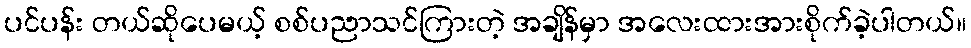
ပင်ပန်း တယ်ဆိုပေမယ့် စစ်ပညာသင်ကြားတဲ့ အချိန်မှာ အလေးထားအားစိုက်ခဲ့ပါတယ်။